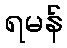
ရမန်